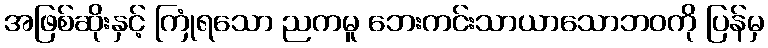
အဖြစ်ဆိုးနှင့် ကြုံရသော ညကမူ ဘေးကင်းသာယာသောဘဝကို ပြန်မှ